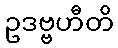
ဥဒဗ္ဗဟီတိ